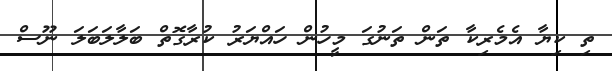
ތި ކިޔާ އެމެރިކާ ތަން ތަނުގަ މީހުން ހައްޔަރު ކުރާގޮތް ބަލާލަބަލަ ނޫސް